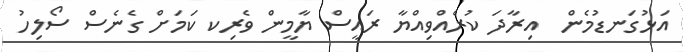
އަޅުގަނޑުމެން  އިރާދަ ކުރެއްވިއްޔާ ރައީސް ޔާމީން ވެރިކ ކަމަށް ގެނެސް ސޯލިހު